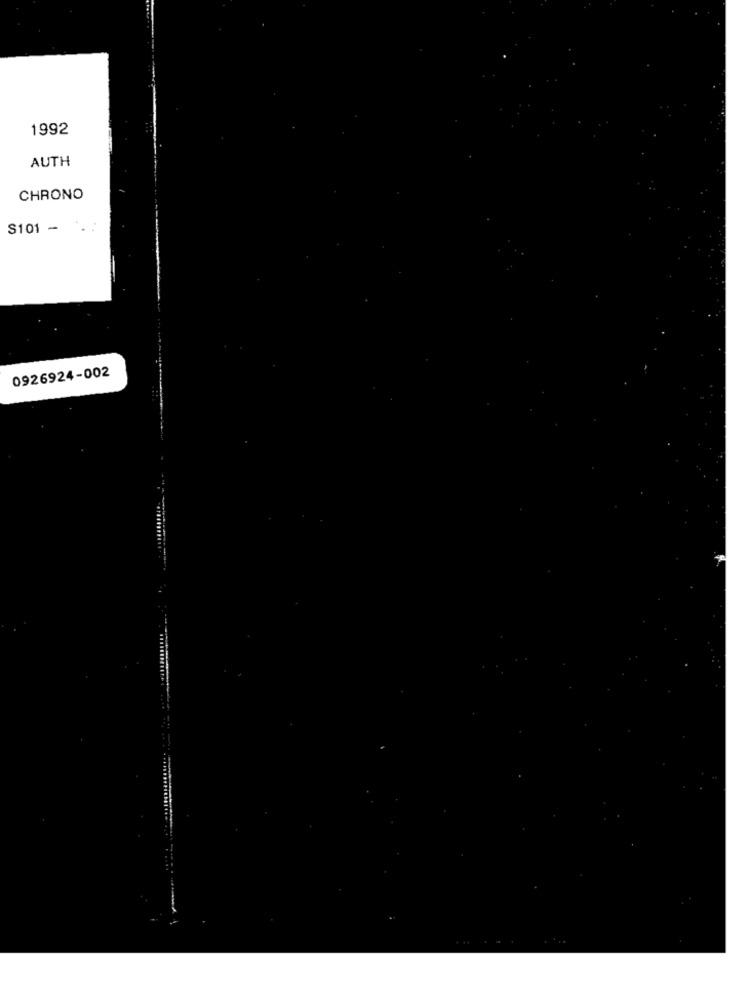
1992
AUTH
CHRONO
S101 -
0926924-002